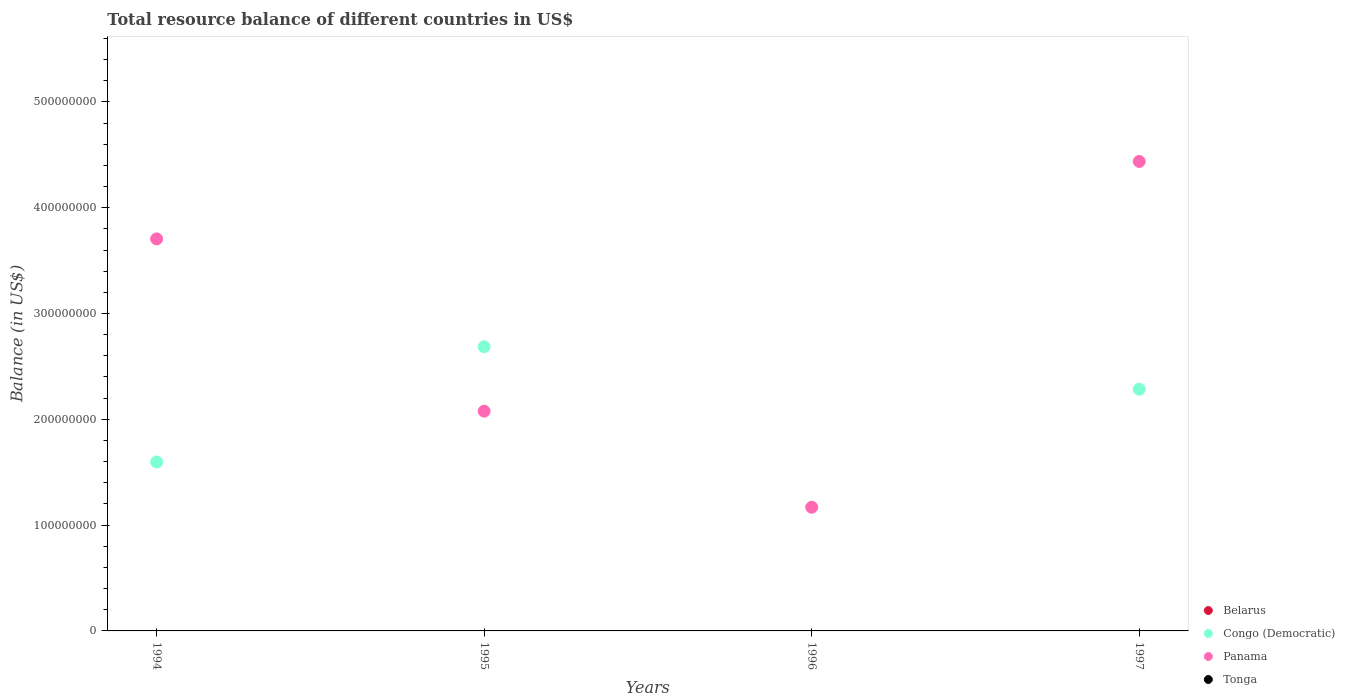
| Years | Belarus | Congo (Democratic) | Panama | Tonga |
 | --- | --- | --- | --- | --- |
 | 1994 | -1.92e+09 | 1.6e+08 | 3.70e+08 | -5.6e+07 |
 | 1995 | -6.13e+08 | 2.69e+08 | 2.08e+08 | -7.77e+07 |
 | 1996 | -6.01e+08 | -1.79e+07 | 1.17e+08 | -8.35e+07 |
 | 1997 | -8.19e+08 | 2.28e+08 | 4.44e+08 | -6.48e+07 |